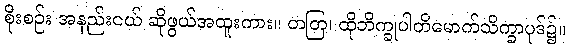
စိုးစဉ်း အနည်းငယ် ဆိုဖွယ်အထူးကား။ တတြ၊ ထိုဘိက္ခုပါတိမောက်သိက္ခာပုဒ်၌။